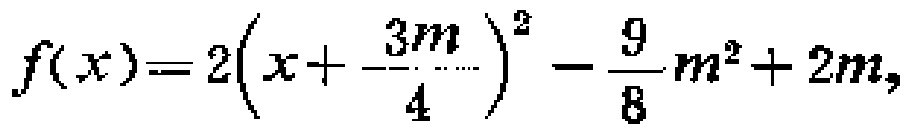
\[
f(x)=2\left(x + \frac{3m}{4}\right)^{2}-\frac{9}{8}m^{2}+2m,
\]